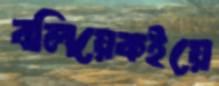
বলিয়েকইয়ে